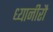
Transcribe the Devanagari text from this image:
ध्यानीरौ